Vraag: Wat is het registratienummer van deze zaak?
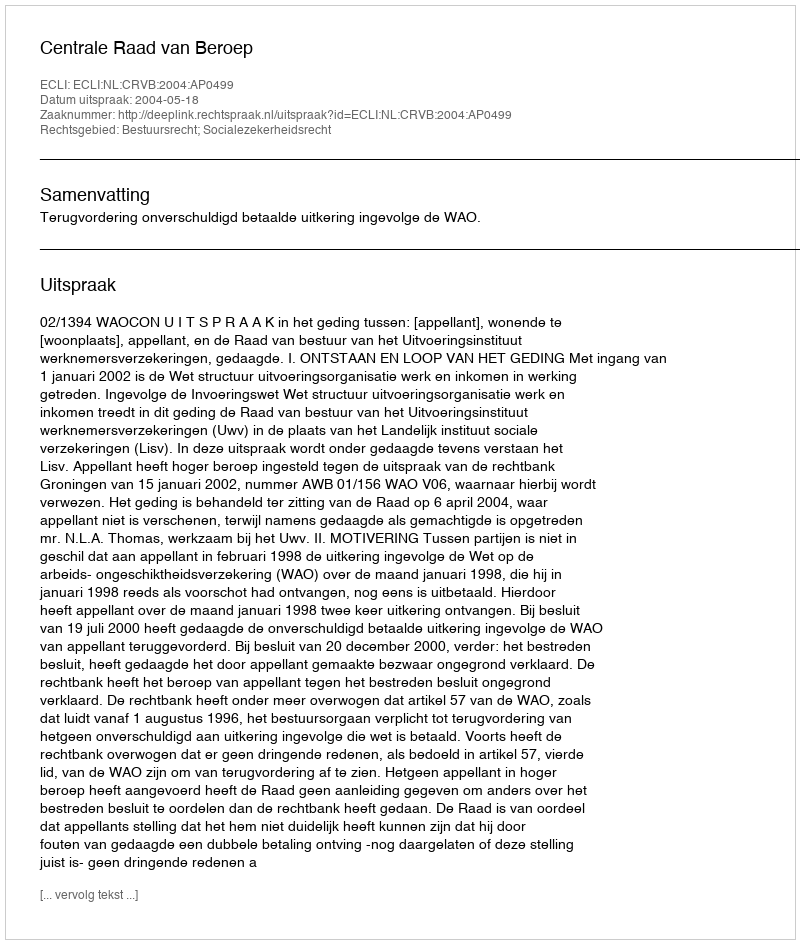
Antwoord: http://deeplink.rechtspraak.nl/uitspraak?id=ECLI:NL:CRVB:2004:AP0499